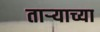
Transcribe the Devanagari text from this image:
ताऱ्‍याच्या